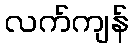
လက်ကျန်